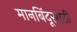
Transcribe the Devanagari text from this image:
मानबिंदूसाठी